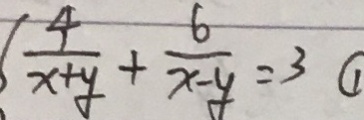
\frac { 4 } { x + y } + \frac { 6 } { x - y } = 3 \textcircled { 1 }